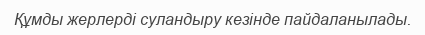
Құмды жерлерді суландыру кезінде пайдаланылады.